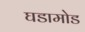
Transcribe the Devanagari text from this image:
घडामोड